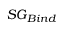
S G _ { B i n d }